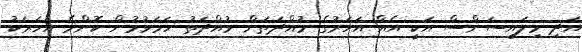
އަދި މިލައިސަންސް އަކީ އެއް އަހަރުގެ މުއްދަތަށް މުއްދަތު ހަމަވުމުން ކޮންމެ އަހަރަކު